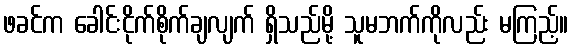
ဖခင်က ခေါင်းငိုက်စိုက်ချလျက် ရှိသည်မို့ သူမဘက်ကိုလည်း မကြည့်။